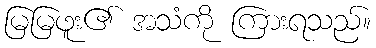
မြမြဖူး၏ အသံကို ကြားရသည်။